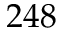
2 4 8